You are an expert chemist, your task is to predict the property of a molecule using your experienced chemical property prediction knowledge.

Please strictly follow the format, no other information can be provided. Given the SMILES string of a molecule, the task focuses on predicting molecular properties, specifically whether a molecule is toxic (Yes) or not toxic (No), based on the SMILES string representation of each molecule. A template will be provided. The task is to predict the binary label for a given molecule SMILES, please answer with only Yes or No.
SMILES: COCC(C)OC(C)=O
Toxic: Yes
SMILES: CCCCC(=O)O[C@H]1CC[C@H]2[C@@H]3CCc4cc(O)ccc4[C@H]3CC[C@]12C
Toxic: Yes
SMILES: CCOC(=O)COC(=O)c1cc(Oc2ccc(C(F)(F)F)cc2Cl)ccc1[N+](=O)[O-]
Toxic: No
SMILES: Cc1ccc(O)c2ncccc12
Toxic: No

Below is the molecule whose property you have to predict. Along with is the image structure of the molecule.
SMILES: CC(C)CCOC(=O)c1ccc(N(C)C)cc1
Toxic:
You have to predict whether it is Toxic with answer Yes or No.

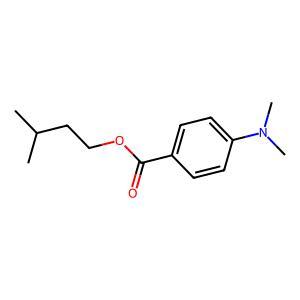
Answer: No